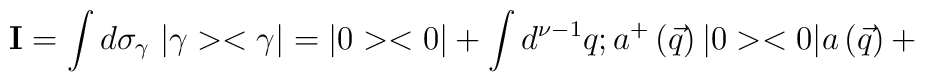
{\bf I}=\int d{\sigma}_{\gamma}\; |\gamma><\gamma|= |0><0| + \int d^{\nu -1}q;a^{+}\left(\vec{q}\right)|0><0|a\left(\vec{q}\right) +